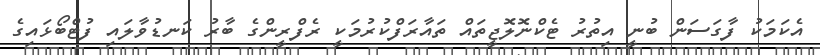
އެކަމަކު ފާގަސަން ބުނީ އިތުރު ޓެކްނޮލޮޖީތައް ތައާރަފްކުރުމަކީ ރެފްރީންގެ ބާރު ކަނޑުވާލައި ފުޓްބޯޅައިގެ